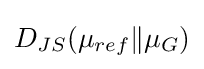
D_{JS}(\mu _{ref}\|\mu _{G})